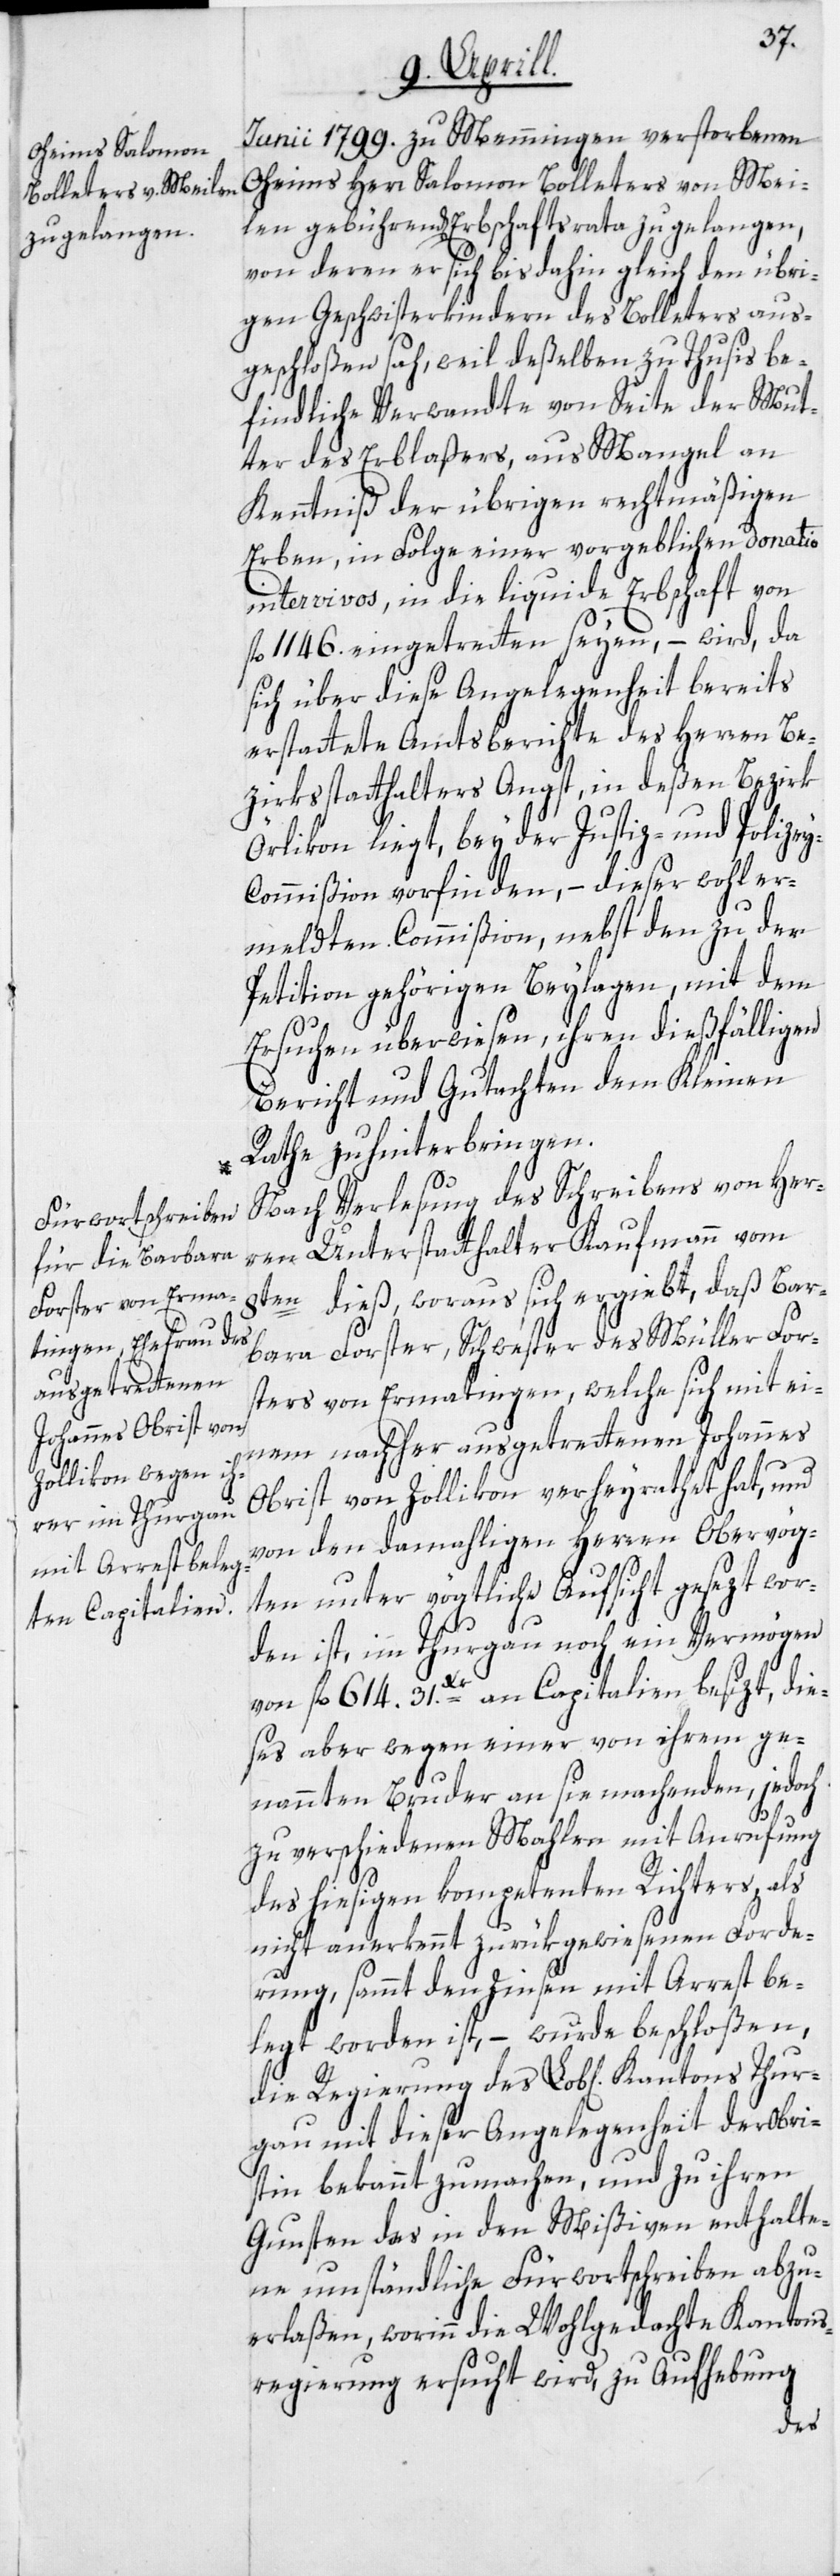
Junii 1799. zu Memmingen verstorbenen
Oheims Herr Salomon Bolleters von Mei¬
len gebührend[en] Erbschaftsrata zu gelangen,
von deren er sich bis dahin gleich den übri¬
gen Geschwisterkindern des Bolleters aus¬
geschloßen sah, weil deßelben zu Thusis be¬
findliche Verwandte von Seite der Mut¬
ter des Erblaßers, aus Mangel an
Kenntniß der übrigen rechtmäßigen
Erben, in Folge einer vorgeblichen donatio
intervivos, in die liquide Erbschaft von
fl. 1146. eingetretten seyen, – wird, da
sich über diese Angelegenheit bereits
erstattete Amtsberichte des Herren Be¬
zirksstatthalters Angst, in deßen Bezirk
Örlikon liegt, bey der Justiz- und Polizey¬
commißion vorfinden, – dieser wohler¬
meldten Commißion, nebst den zu der
Petition gehörigen Beylagen, mit dem
Ersuchen überwiesen, ihren dießfälligen
Bericht und Gutachten dem Kleinen
Rathe zu hinterbringen.
Nach Verlesung des Schreibens von Her¬
ren Unterstatthalter Kaufmann vom
8ten dieß, woraus sich ergiebt, daß Bar¬
bara Forster, Schwester des Müller For¬
sters von Ermatingen, welche sich mit ei¬
nem nachher ausgetrettenen Johannes
Obrist von Zollikon verheyrathet hat, und
von den damahligen Herren Obervög¬
ten unter vögtliche Aufsicht gesezt wor¬
den ist, im Thurgau noch ein Vermögen
von fl. 614. 31.Xr an Capitalien besizt, die¬
ses aber wegen einer von ihrem ge¬
nannten Bruder an sie machenden, jedoch
zu verschiedenen Mahlen mit Anrufung
des hiesigen kompetenten Richters, als
nicht anerkennt zurükgewiesenen Forde¬
rung, sammt den Zinsen mit Arrest be¬
legt worden ist, – wurde beschloßen,
die Regierung des Lob[lichen] Kantons Thur¬
gau mit dieser Angelegenheit der Obris¬
tin bekannt zu machen, und zu ihren
Gunsten das in den Mißiven enthalte¬
ne umständliche Fürwortschreiben abzu¬
erlaßen, worinn die Wohlgedachte Kantons¬
regierung ersucht wird, zu Aufhebung
des